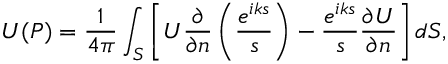
U ( P ) = { \frac { 1 } { 4 \pi } } \int _ { S } \left[ U { \frac { \partial } { \partial n } } \left( { \frac { e ^ { i k s } } { s } } \right) - { \frac { e ^ { i k s } } { s } } { \frac { \partial U } { \partial n } } \right] d S ,